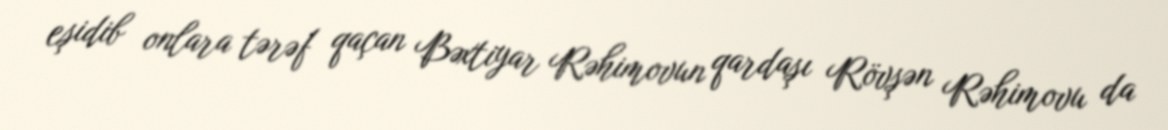
eşidib onlara tərəf qaçan Bəxtiyar Rəhimovun qardaşı Rövşən Rəhimovu da